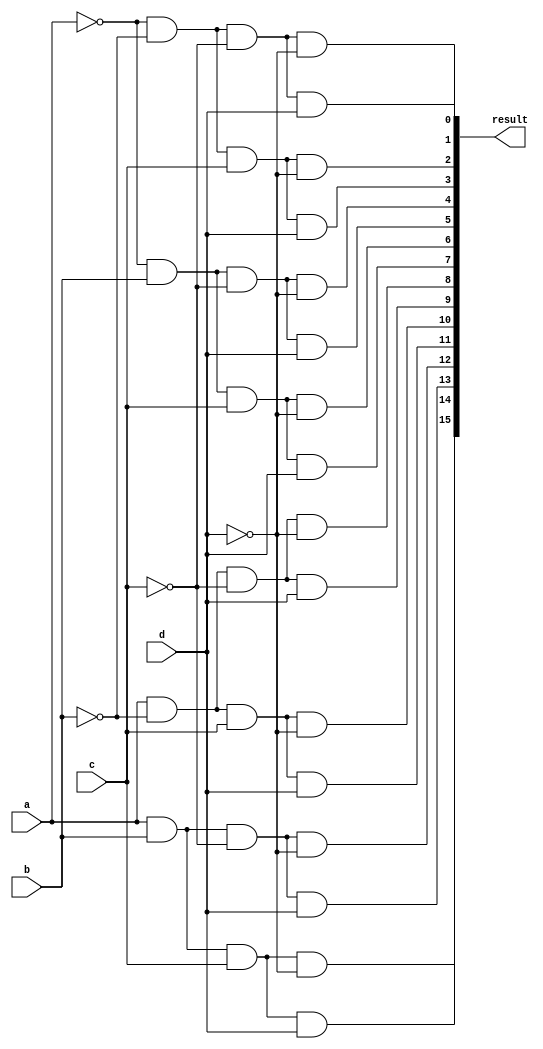
//4 to 16 decoder for instruction memory
module dec4to16 (a,b,c,d,result);
	
	output [15:0] result;
	input a,b,c,d;
	
	not (a_n,a), (b_n,b), (c_n,c), (d_n,d); 
	
	and (result[0],a_n,b_n,c_n,d_n);
	and (result[1],a_n,b_n,c_n,d);
	and (result[2],a_n,b_n,c,d_n);
	and (result[3],a_n,b_n,c,d);
	
	and (result[4],a_n,b,c_n,d_n);
	and (result[5],a_n,b,c_n,d);
	and (result[6],a_n,b,c,d_n);
	and (result[7],a_n,b,c,d);
	
	and (result[8],a,b_n,c_n,d_n);
	and (result[9],a,b_n,c_n,d);
	and (result[10],a,b_n,c,d_n);
	and (result[11],a,b_n,c,d);
	
	and (result[12],a,b,c_n,d_n);
	and (result[13],a,b,c_n,d);
	and (result[14],a,b,c,d_n);
	and (result[15],a,b,c,d);
endmodule

//tester
module testdec;
	reg a,b,c,d;
	wire [15:0] outit;
	
	dec4to16 decs(a,b,c,d,outit);
	
	initial
	begin
		a<=1'b0;
		b<=1'b0;
		c<=1'b0;
		d<=1'b1;
		#1
		$display("Output--> %b\n", outit);
	end
endmodule